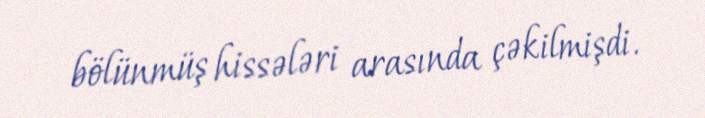
bölünmüş hissələri arasında çəkilmişdi.